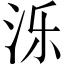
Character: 泺